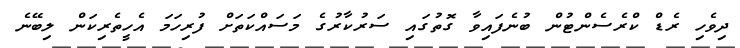
ދިވެހި ރެޑް ކްރެސެންޓުން ބުނެފައިވާ ގޮތުގައި ސަރުކާރުގެ މަސައްކަތަށް ފުރިހަމަ އެހީތެރިކަން ލިބޭނެ